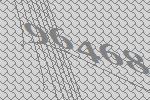
96468